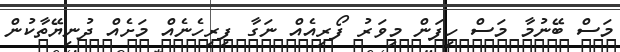
މަސް ބޭނުމާ މަސް ހިފަން މިވަރު ފޯރިއެއް ނަގާ ފިރިހެނެއް މަށެއް ދުނިޔޭތާކުން